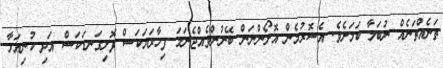
ތަނެއްތަނެއް ނުބަލާ ކަމަށެވެ. އެސޮރުމެން އޮށޯންނަން ބޭނުންވެއްޖެނަމަ ފިހާރަޔަކަސް ފޮށިގަނޑަކަސް އަދި ކުނިއަޅާ